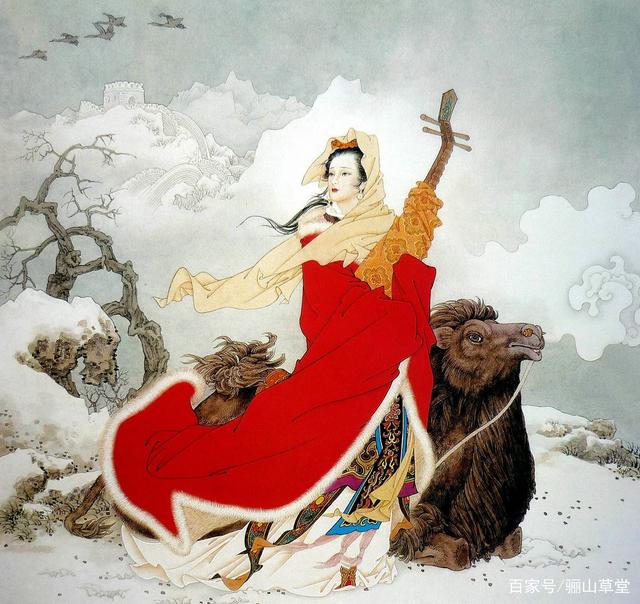
惊沙猎猎风成阵，白雁一声霜有信。